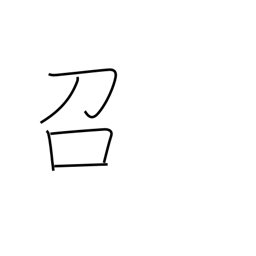
Meaning: eat